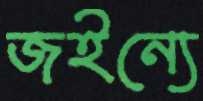
জইন্যে